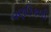
વણઉકલી